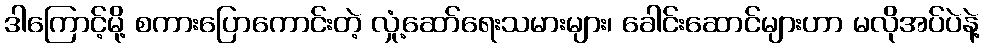
ဒါကြောင့်မို့ စကားပြောကောင်းတဲ့ လှုံ့ဆော်ရေးသမားများ၊ ခေါင်းဆောင်များဟာ မလိုအပ်ပဲနဲ့